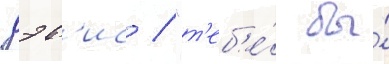
дэв'ис / "т'еб'е́ бы́